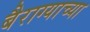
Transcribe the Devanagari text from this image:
बैराग्याच्या